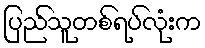
ပြည်သူတစ်ရပ်လုံးက